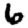
Digit: 6